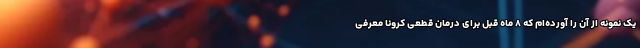
یک نمونه از آن را آورده‌ام که ۸ ماه قبل برای درمان قطعی کرونا معرفی